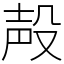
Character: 殸